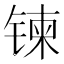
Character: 𫔀